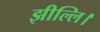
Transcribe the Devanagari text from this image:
झील्‍लि।